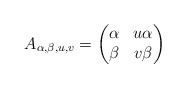
\begin{align*}A_{\alpha,\beta,u,v} = \begin{pmatrix}\alpha & u\alpha \\\beta & v\beta\end{pmatrix}\end{align*}